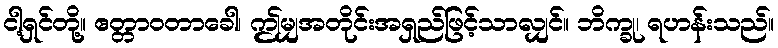
ငါ့ရှင်တို့။ ဧတ္တာဝတာခေါ၊ ဤမျှအတိုင်းအရှည်ဖြင့်သာလျှင်။ ဘိက္ခု၊ ရဟန်းသည်။